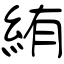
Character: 絠